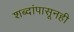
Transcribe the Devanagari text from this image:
शब्दांपासूनही